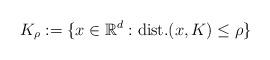
LaTeX: \begin{align*}K_{\rho}:=\{x\in \mathbb{R}^d : \textrm{dist.}(x,K)\leq \rho\} \end{align*}